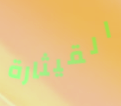
القيثارة